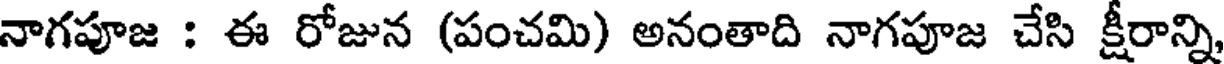
నాగపూజ : ఈ రోజున (పంచమి) అనంతాది నాగపూజ చేసి క్షీరాన్ని